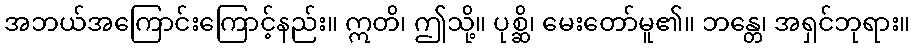
အဘယ်အကြောင်းကြောင့်နည်း။ ဣတိ၊ ဤသို့။ ပုစ္ဆိ၊ မေးတော်မူ၏။ ဘန္တေ၊ အရှင်ဘုရား။